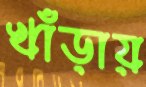
খাঁড়ায়